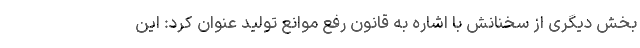
بخش دیگری از سخنانش با اشاره به قانون رفع موانع تولید عنوان کرد: این